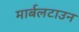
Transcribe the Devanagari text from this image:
मार्बलटाउन